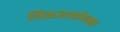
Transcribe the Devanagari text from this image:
त्रिकज्ञानोपलब्ध